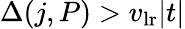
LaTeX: \Delta(j,P)>v_{\mathrm{lr}}|t|